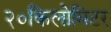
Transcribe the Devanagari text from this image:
२०किलोमिटर